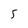
Character: 5